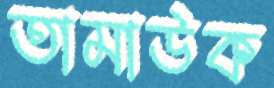
তামাউক